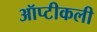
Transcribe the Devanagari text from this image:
ऑप्टीकली